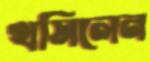
খসিলেন